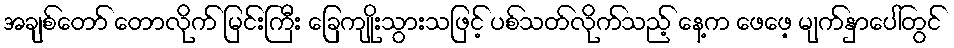
အချစ်တော် တောလိုက် မြင်းကြီး ခြေကျိုးသွားသဖြင့် ပစ်သတ်လိုက်သည့် နေ့က ဖေဖေ့ မျက်နှာပေါ်တွင်